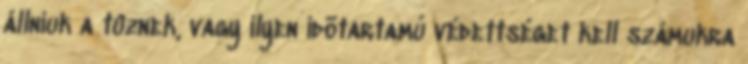
állniuk a tûznek, vagy ilyen idõtartamú védettséget kell számukra